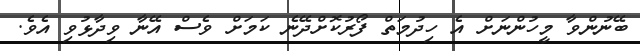
ބޭނުންވާ މީހުންނަށް އެ ހިދުމަތް ފޯރުކޮށްދޭނެ ކަމަށް ވެސް އޭނާ ވިދާޅުވި އެވެ.